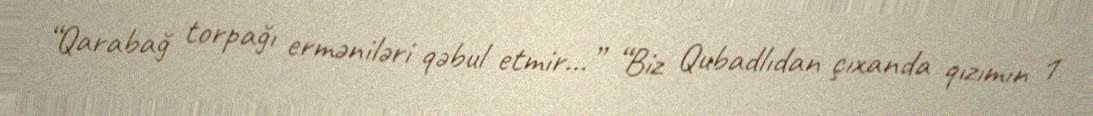
“Qarabağ torpağı erməniləri qəbul etmir...” “Biz Qubadlıdan çıxanda qızımın 1